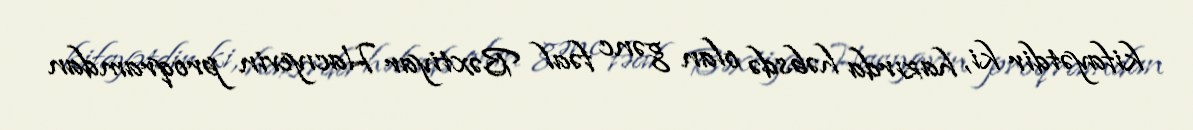
kifayətdir ki, hazırda həbsdə olan gənc fəal Bəxtiyar Hacıyevin proqramdan